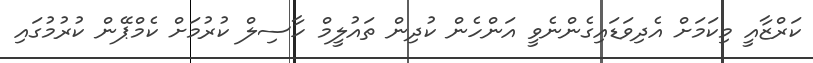
ކަރްޒާއީ މިކަމަށް އެދިވަޑައިގެންނެވީ އަންހެން ކުދިން ތައުލީމް ހާސިލް ކުރުމަށް ކެމްޕޭން ކުރުމުގައި